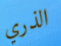
الذري